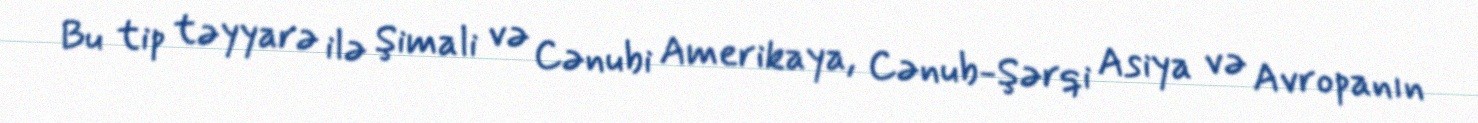
Bu tip təyyarə ilə Şimali və Cənubi Amerikaya, Cənub-Şərqi Asiya və Avropanın